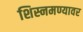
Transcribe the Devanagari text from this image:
शिस्नमण्यावर